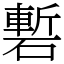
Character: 磛